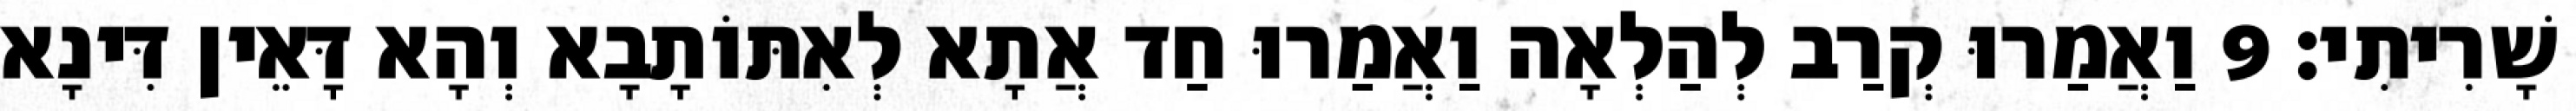
שָׁרִיתִי׃ 9 וַאֲמַרוּ קְרַב לְהַלְאָה וַאֲמַרוּ חַד אֲתָא לְאִתּוֹתָבָא וְהָא דָּאֵין דִּינָא